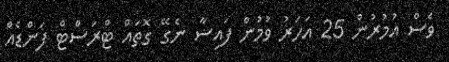
ވެސް އުމުރުން 25 އަހަރު ވުމުން ފައިސާ ނެގޭ ގޮތައް ޓްރަސްޓް ފަންޑެއް